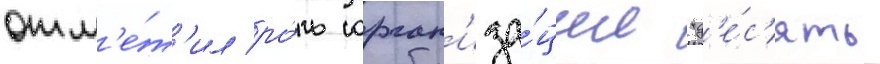
отм'е́т'ил ро́ль орган'иза́ции "д'е́с'ять